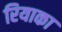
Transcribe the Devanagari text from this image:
रियाका